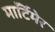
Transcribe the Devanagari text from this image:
माॅर्टिमेर